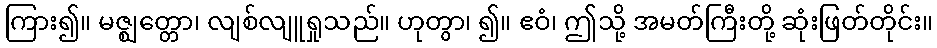
ကြား၍။ မဇ္ဈတ္တော၊ လျစ်လျူရှုသည်။ ဟုတွာ၊ ၍။ ဧဝံ၊ ဤသို့ အမတ်ကြီးတို့ ဆုံးဖြတ်တိုင်း။